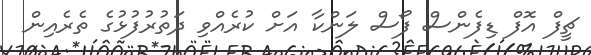
ޗީފް އޮފް ޑިފެންސް ފޯސް ލަންކާ އަށް ކުރެއްވި ދަތުރުފުޅުގެ ތެރެއިން